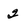
Character: 2